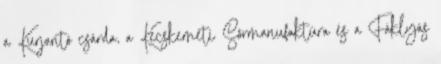
a Kurjantó csárda, a Kecskeméti Sörmanufaktúra és a Fáklyás